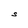
Character: S